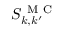
S _ { k , k ^ { \prime } } ^ { \mathrm { ~ M ~ C ~ } }